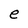
Character: e